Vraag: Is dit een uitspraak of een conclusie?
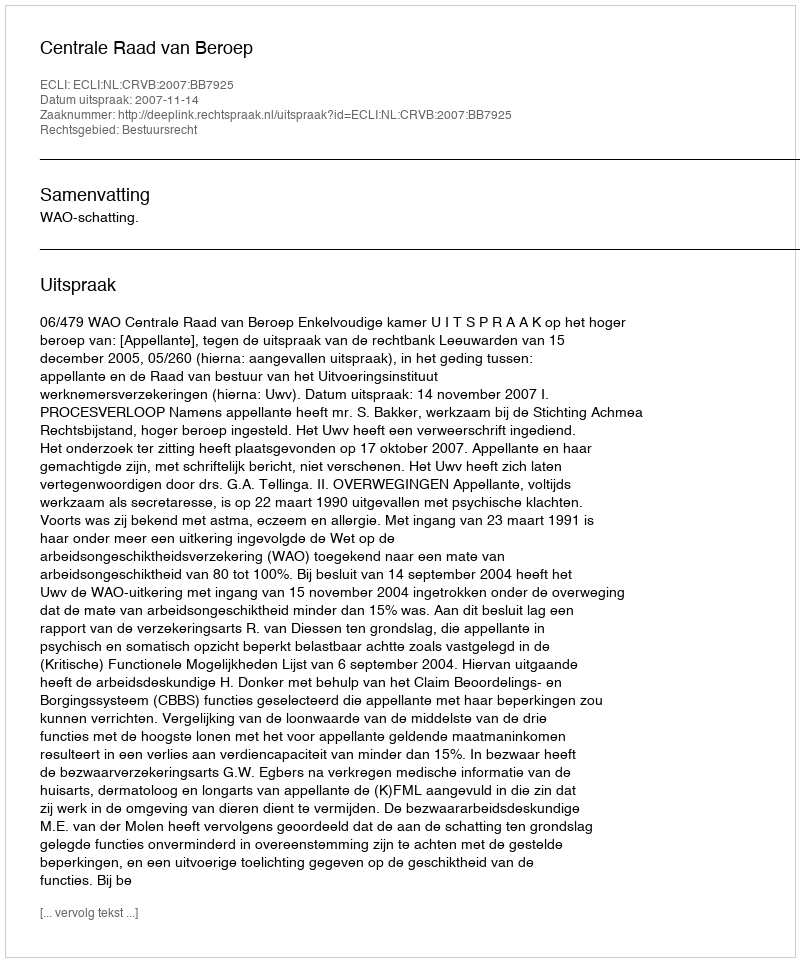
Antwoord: Uitspraak